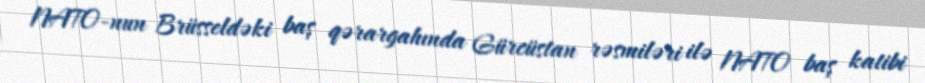
NATO-nun Brüsseldəki baş qərargahında Gürcüstan rəsmiləri ilə NATO baş katibi